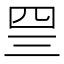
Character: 𰉐